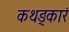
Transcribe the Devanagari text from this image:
कथङ्कारं